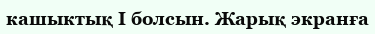
кашыктық I болсын. Жарық экранға